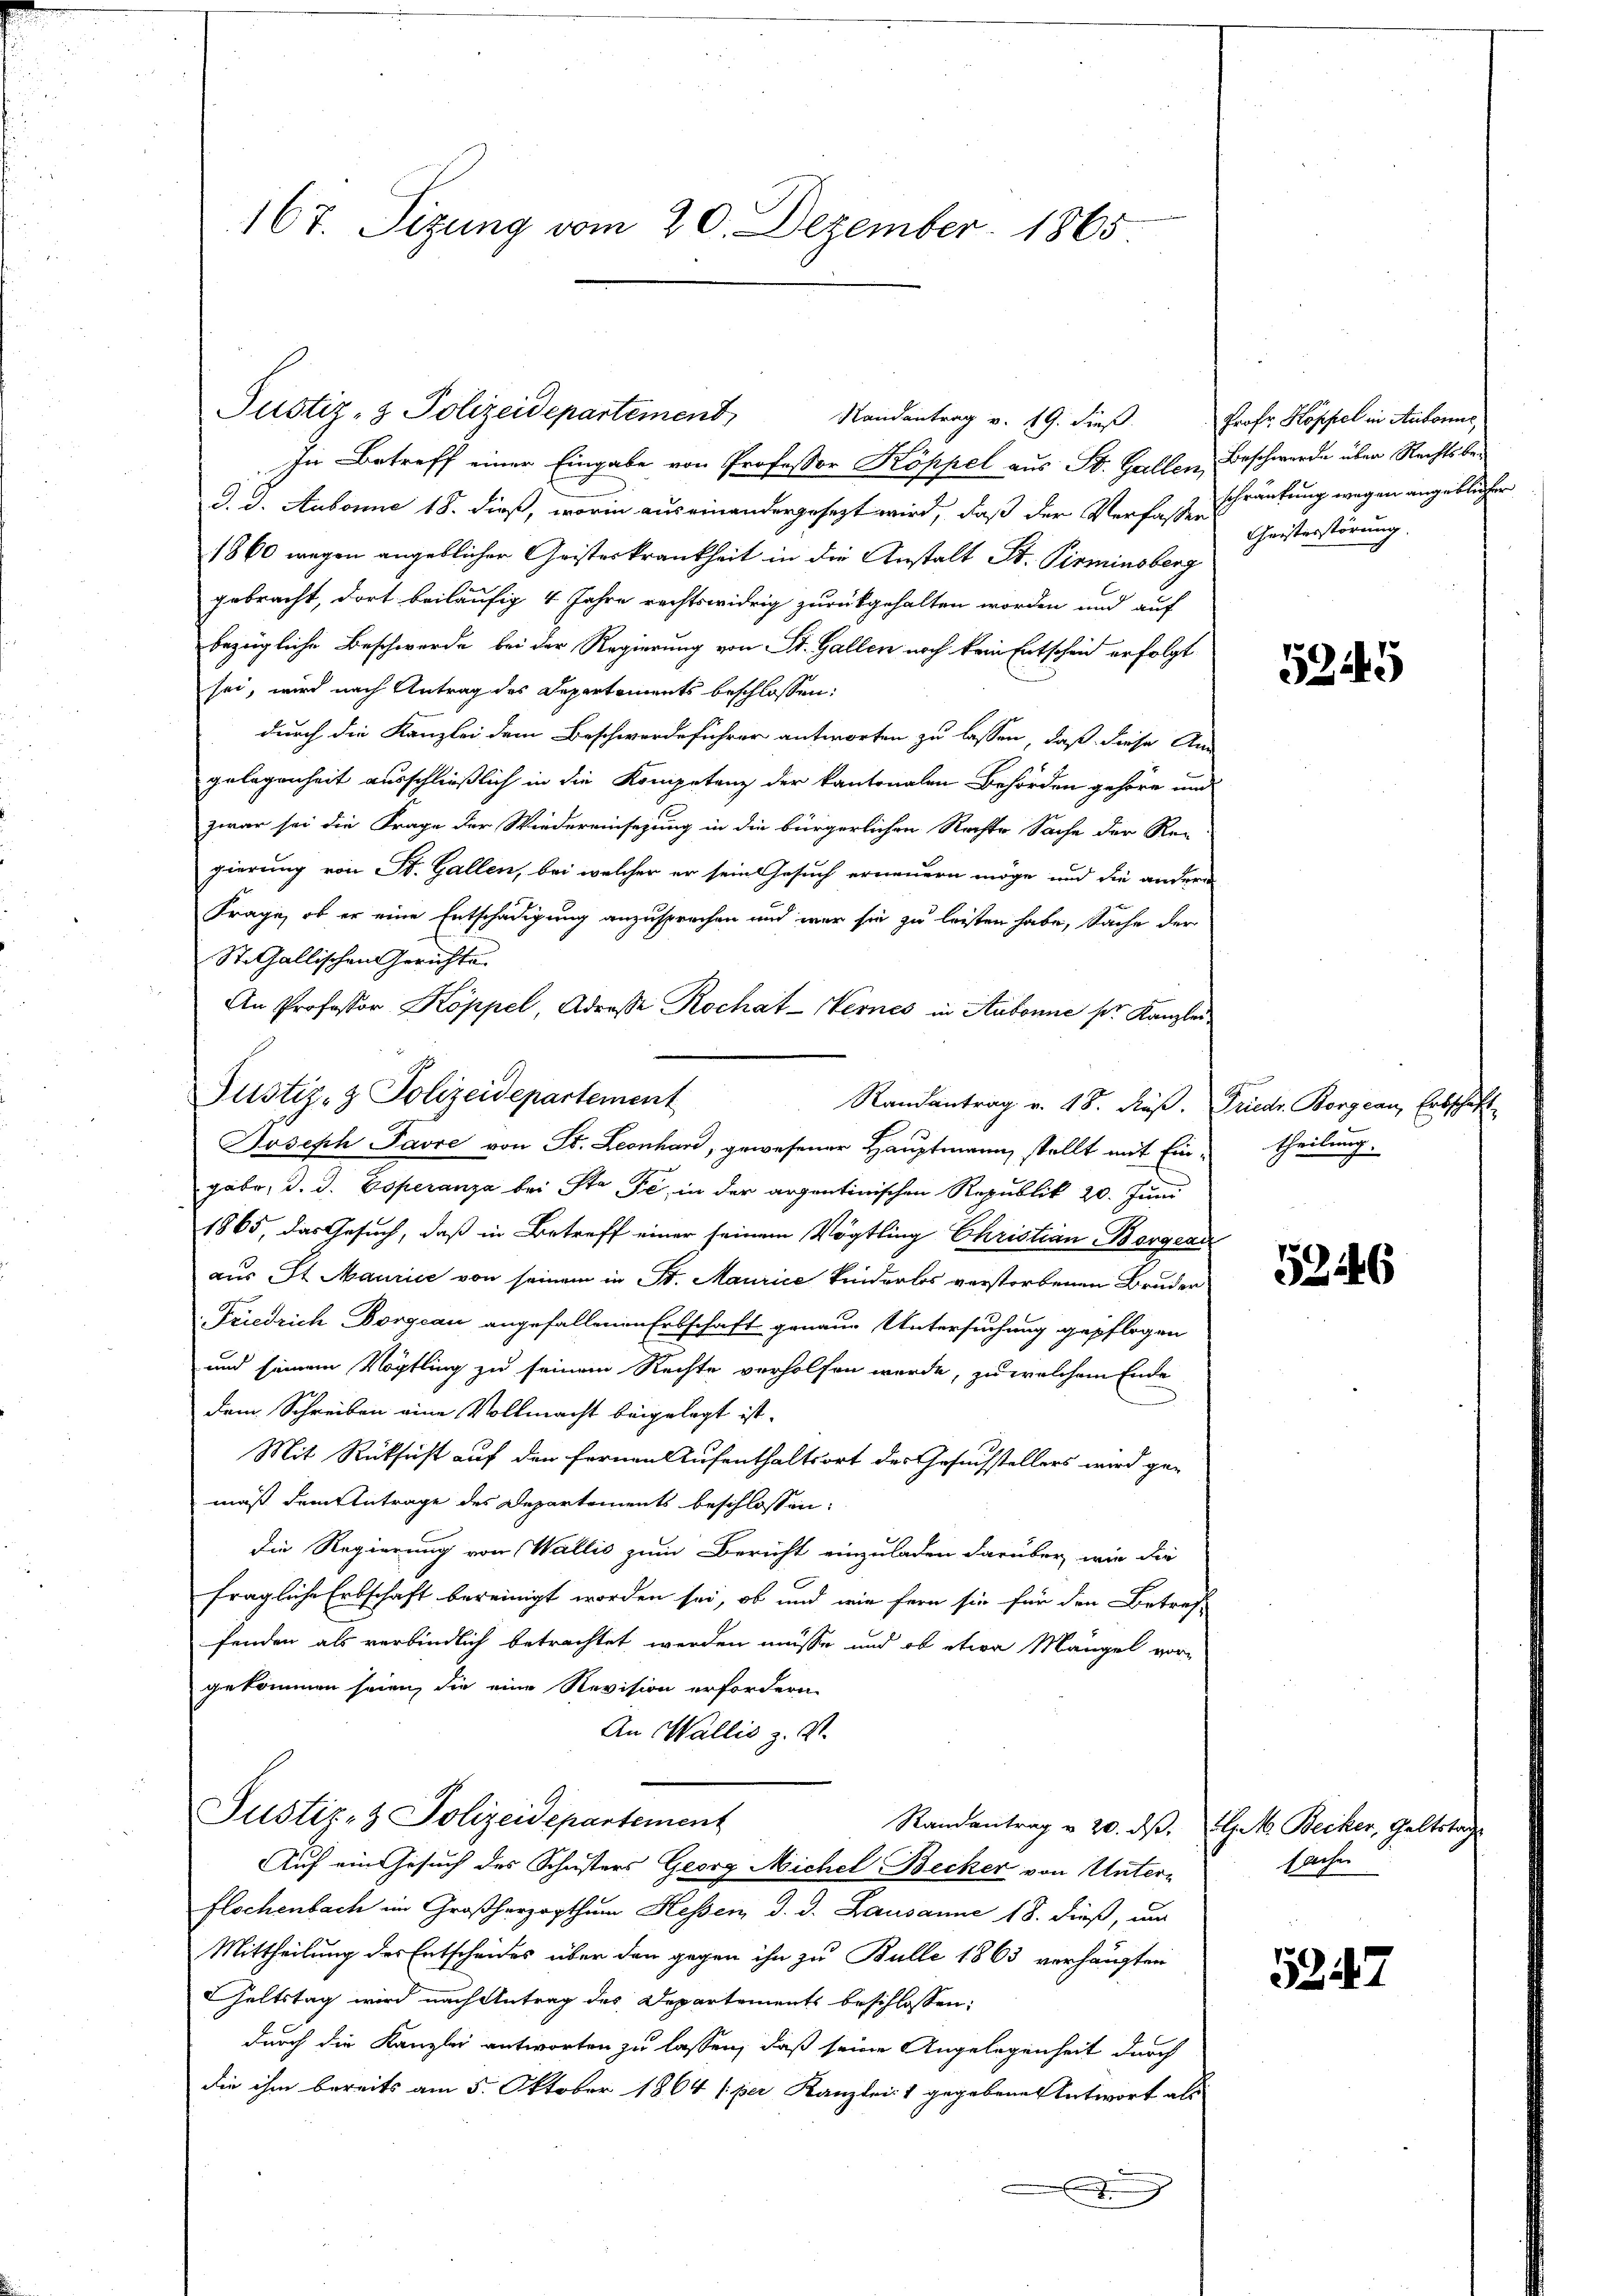
167. Sizung vom 20. Dezember 1865

Justiz- & Polizeidepartement
Randantrag v. 19. dieß. Prof. Hoppel in Antone,

Justiz- & Polizeidepartement

In Betreff einer Eingabe von Professor Koppel aus St. Gallen, Beschwerde über Rechtsbed. d. Aubonne 18. dieß, worin auseinandergesezt wird, daß der Verfassen
1860 wegen angeblicher Geisteskrankheit in die Anstalt St. Pirminsberg
gebracht, dort beiläufig 4 Jahre rechtswidrig zurückgehalten worden und auf
bezügliche Beschwerde bei der Regierung von St. Gallen noch kein Entscheid erfolgt
sei, wird nach Antrag des Departements beschlossen:
durch die Kanzlei dem Beschwerdeführer antworten zu lassen, daß diese An
gelegenheit ausschließlich in die Kompetenz der kantonalen Behörden gehöre und
zwar sei die Frage der Wiedereinsezung in die bürgerlichen Rechte Sache der Re-
gierung von St. Gallen, bei welcher er sein Gesuch erneuern möge und die andere
Frage, ob er eine Entschädigung anzusprechen und war sie zu leisten habe, Sache der
St. Gallischen Gerichte
An Professor Koppel, Adresse Rochat-Nernes in Aubonne sr. Kanzlei
Randantrag v. 48. Räß. Friedr. Borgeau, Erbschaft
Joseph Favre von St. Leonhard, gewesener Hauptmann stellt mit Eingäbe, d. d. Esperanza bei Sta Fe, in der argentinischen Republik 20. Juni
1865, das Gesuch, daß in Betreff einer seinem Vögtling Christian Borgend
aus St. Maurice von seinem in St. Maurice Kinderlos verstorbenen Bruder
Friedrich Dorgcau angefallenen Erbschaft genaue Untersuchung gepflogen
und seinem Vögtling zu seinem Rechte verholfen werde, zu welchem Ende
dem Schreiben eine Vollmacht beigelegt ist.
Mit Rüksicht auf den fernen Aufenthaltsort des Gesuchstellers wird ge-
mäß dem Antrage des Departements beschlossen:
Die Regierung von Wallis zum Bericht einzuladen darüber wie die
fragliche Erbschaft bereinigt worden sei, ob und wie fern sie für den Betref-
fenden als verbindlich betrachtet werden müsse und ob etwa Mängel vorgekommen seien, die eine Revision erfordern
An Wallis z. S.
Justiz- & Polizeidepartement
Randantrag u. 20. ds. 1. Becker, Geltstag
Auf ein Gesuch des Schusters Georg Michel Becker von Unterflochenbach im Großherzogthum Hessen d. d. Lausanne 18. dieß, und
Mittheilung des Entscheides über den gegen ihn zu Bulle 1863 verhängten
Geltstag wird nach Antrag des Departements beschlossen:
durch die Kanzlei antworten zu lassen, daß seine Angelegenheit durch
die ihm bereits am 5. Oktober 1864 (per Kanzlei- 1 gegebenes Antwort als
.

schränkung wegen angeblicher
Geisterstörung.

53145

theilung.

5246

sachen

5247